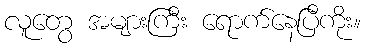
လူတွေ အများကြီး ရောက်နေပြီကိုး။